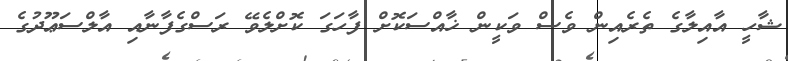
ޝާހީ އާއިލާގެ ތެރެއިން ވެސް ވަކީން ޚާއްސަކޮށް ފާހަގަ ކޮށްލެވޭ ރަސްގެފާނާއި އާލްސަޢޫދުގެ